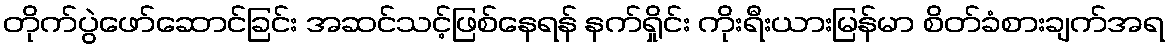
တိုက်ပွဲဖော်ဆောင်ခြင်း အဆင်သင့်ဖြစ်နေရန် နက်ရှိုင်း ကိုးရီးယားမြန်မာ စိတ်ခံစားချက်အရ